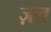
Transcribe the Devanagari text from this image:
ज़न